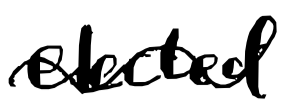
Text: elected
Cross-out: wave
Writing tool: digital_black